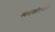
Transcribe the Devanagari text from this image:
कानाकोपऱ्यांत